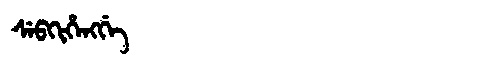
Manchu: ᠰᡝᠪᡴᡳᡥᡝᠩᡤᡝ
Romanization: SEBKIHENGGE